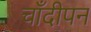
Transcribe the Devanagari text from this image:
चाँदीपन